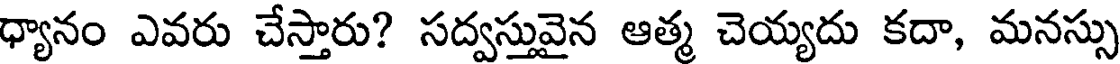
ధ్యానం ఎవరు చేస్తారు? సద్వస్తువైన ఆత్మ చెయ్యదు కదా, మనస్సు